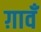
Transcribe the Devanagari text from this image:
ग़ावँ